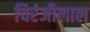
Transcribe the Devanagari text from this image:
चिरंजीलाल